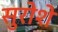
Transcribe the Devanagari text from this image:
सुरोशे